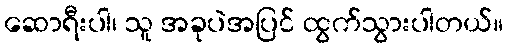
ဆောရီးပါ၊ သူ အခုပဲအပြင် ထွက်သွားပါတယ်။